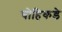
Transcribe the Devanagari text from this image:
चोहिकडे